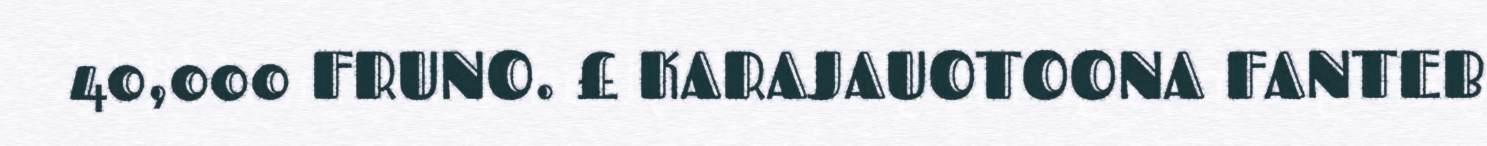
40,000 FRUNO. £ KARAJAUOTOONA FANTEB